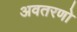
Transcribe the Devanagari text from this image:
अवतरणो